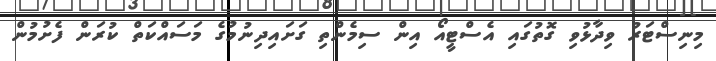
މިނިސްޓަރު ވިދާޅުވި ގޮތުގައި އެސްޓީއޯ އިން ސިމެންތި ގަށައިދިނުމުގެ މަސައްކަތް ކުރަން ފެށުމުން